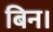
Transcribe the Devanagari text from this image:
बिन।